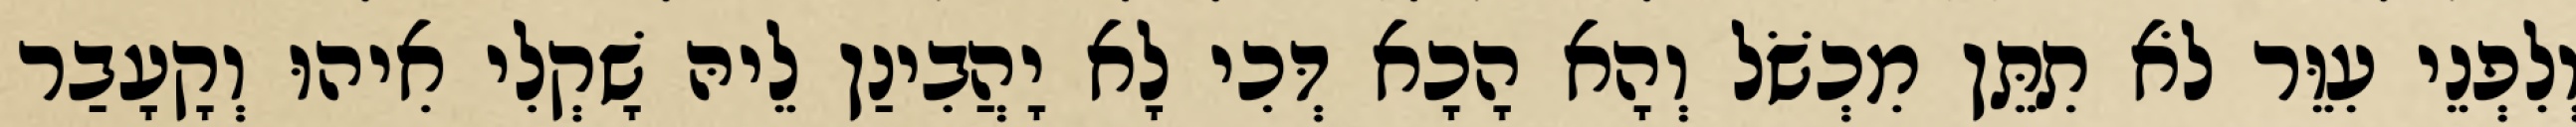
וְלִפְנֵי עִוֵּר לֹא תִתֵּן מִכְשֹׁל וְהָא הָכָא דְּכִי לָא יָהֲבִינַן לֵיהּ שָׁקְלִי אִיהוּ וְקָעָבַר